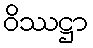
ဝိဿဋ္ဌာ